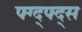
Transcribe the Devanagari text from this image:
फ्ग्द्फ्द्स